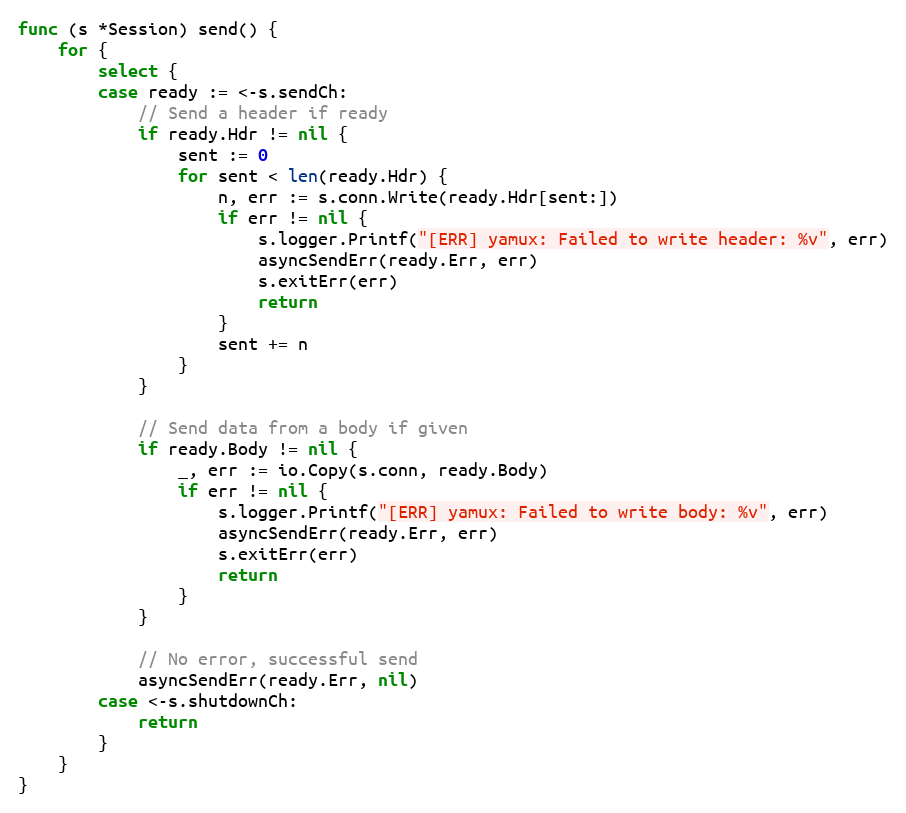
Language: Go
func (s *Session) send() {
	for {
		select {
		case ready := <-s.sendCh:
			// Send a header if ready
			if ready.Hdr != nil {
				sent := 0
				for sent < len(ready.Hdr) {
					n, err := s.conn.Write(ready.Hdr[sent:])
					if err != nil {
						s.logger.Printf("[ERR] yamux: Failed to write header: %v", err)
						asyncSendErr(ready.Err, err)
						s.exitErr(err)
						return
					}
					sent += n
				}
			}

			// Send data from a body if given
			if ready.Body != nil {
				_, err := io.Copy(s.conn, ready.Body)
				if err != nil {
					s.logger.Printf("[ERR] yamux: Failed to write body: %v", err)
					asyncSendErr(ready.Err, err)
					s.exitErr(err)
					return
				}
			}

			// No error, successful send
			asyncSendErr(ready.Err, nil)
		case <-s.shutdownCh:
			return
		}
	}
}